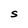
Character: S